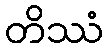
တိဿံ